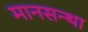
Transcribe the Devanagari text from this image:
मानसन्था